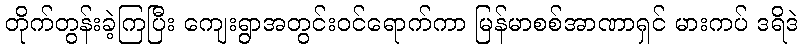
တိုက်တွန်းခဲ့ကြပြီး ကျေးရွာအတွင်းဝင်ရောက်ကာ မြန်မာစစ်အာဏာရှင် မားကပ် ဒရိဒဲ